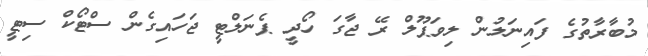
މުބާރާތުގެ ފައިނަލުން ލިވަޕޫލް ރޭ ޖާގަ ހޯދީ ޕެނަލްޓީ ޖަހައިގެން ސްޓޯކް ސިޓީ